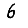
Digit: 6